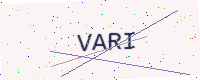
Text: VARI